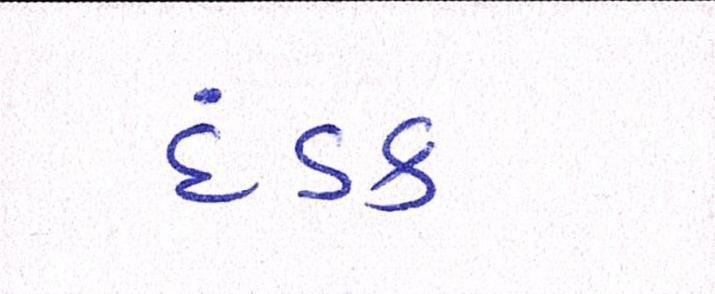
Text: દંડક